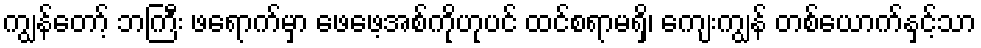
ကျွန်တော့် ဘကြီး ဖရောက်မှာ ဖေဖေ့အစ်ကိုဟုပင် ထင်စရာမရှိ၊ ကျေးကျွန် တစ်ယောက်နှင့်သာ